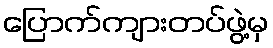
ပြောက်ကျားတပ်ဖွဲ့မှ